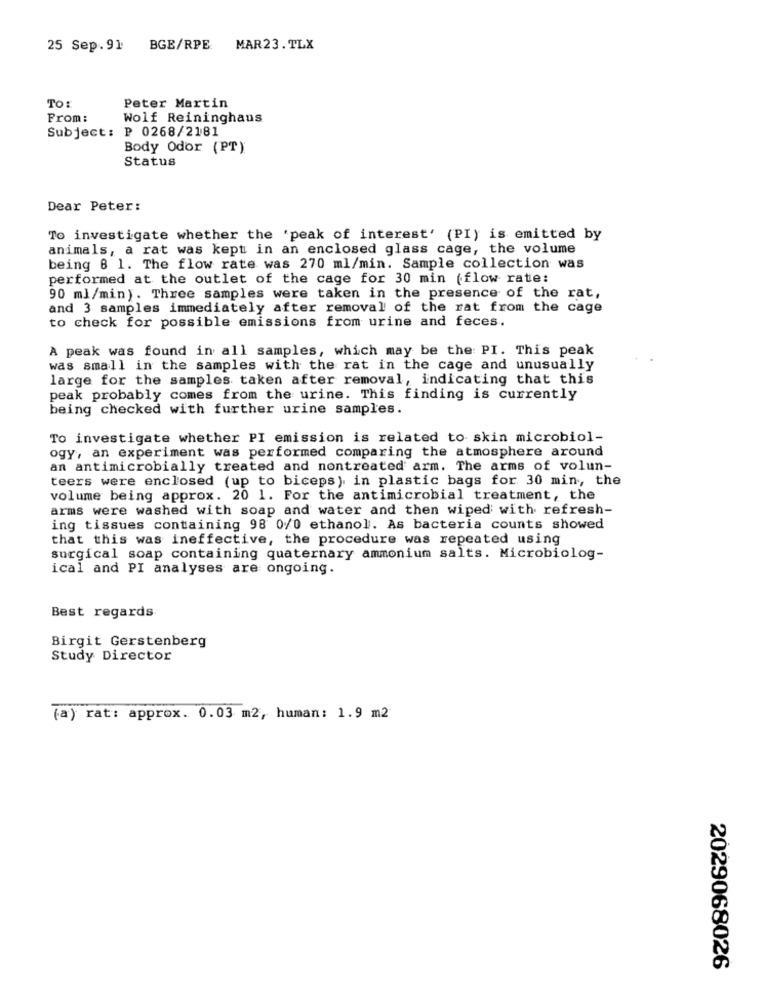
25 Sep.91
BGE/RPE
MAR23. TLX
TO:
Peter Martin
From:
Wolf Reininghaus
Subject: ₽ 0268/2181
Body Odor (PT)
Status
Dear Peter:
To investigate whether the 'peak of interest' (PI) is emitted by
animals, a rat was kept in an enclosed glass cage, the volume
being 8 1. The flow rate was 270 ml/min. Sample collection was
performed at the outlet of the cage for 30 min (flow rate:
90 ml/min). Three samples were taken in the presence of the rat,
and 3 samples immediately after removal of the rat from the cage
to check for possible emissions from urine and feces.
A peak was found in all samples, which may be the PI. This peak
was small in the samples with the rat in the cage and unusually
large for the samples taken after removal, indicating that this
peak probably comes from the urine. This finding is currently
being checked with further urine samples.
To investigate whether PI emission is related to skin microbiol-
ogy, an experiment was performed comparing the atmosphere around
an antimicrobially treated and nontreated arm. The arms of volun-
teers were enclosed (up to biceps). in plastic bags for 30 min, the
volume being approx. 20 1. For the antimicrobial treatment, the
arms were washed with soap and water and then wiped with refresh-
ing tissues containing 98 0/0 ethanol. As bacteria counts showed
that this was ineffective, the procedure was repeated using
surgical soap containing quaternary ammonium salts. Microbiolog-
ical and PI analyses are ongoing.
Best regards
Birgit Gerstenberg
Study Director
(a) rat: approx. 0.03 m2, human: 1.9 m2
2029068026